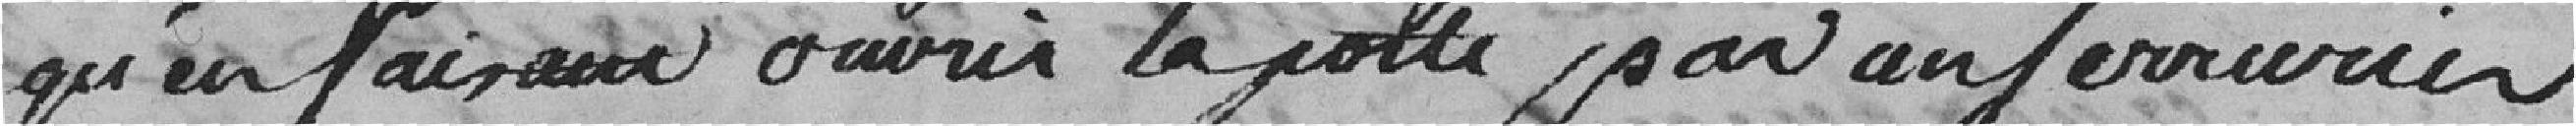
qu'en faisant ouvrir la porte par un serrurier